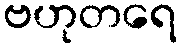
ဗဟုတရေ